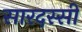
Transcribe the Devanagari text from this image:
सारदस्सी